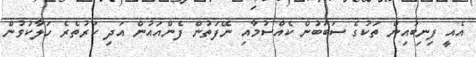
އެއީ ފިނިބުއިން ތަކުގެ ސަބަބުން ކެއްސުމާއި ނޭފަތުން ފެންއައުން އަދި ކަރުތެރެ ހަލާކުވުން